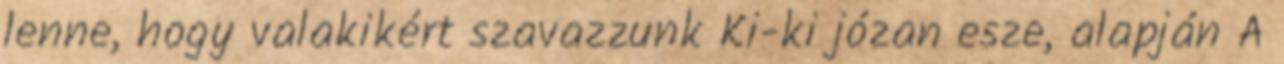
lenne, hogy valakikért szavazzunk Ki-ki józan esze, alapján A